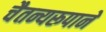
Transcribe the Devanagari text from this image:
चैतन्यरूपाने